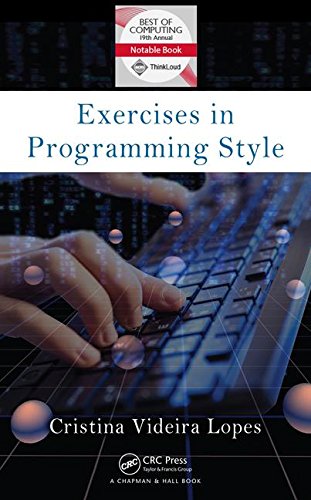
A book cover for Exercises in Programming Style; Cristina Videira Lopes; Science & Math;